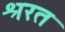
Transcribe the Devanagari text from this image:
श्ररत